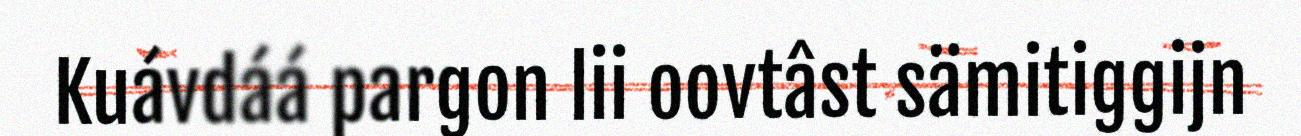
Kuávdáá pargon lii oovtâst sämitiggijn